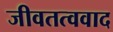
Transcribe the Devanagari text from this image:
जीवतत्ववाद